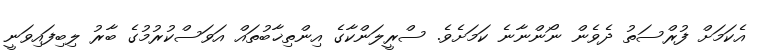
އެކަމަށް ފުރްސަތު ދެވެން ނޯންނާނެ ކަމަށެވެ. ސްރީލަންކާގެ އިންތިޚާބުތައް އަވަސްކުރުމުގެ ބާރު ލިބިފައިވަނީ